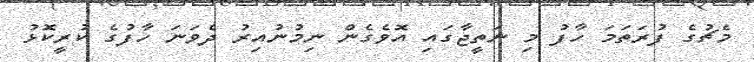
މެޗުގެ ފުރަތަމަ ހާފު މި ނަތީޖާގައި އޮވެގެން ނިމުނުއިރު ދެވަނަ ހާފުގެ ކުރީކޮޅު